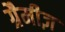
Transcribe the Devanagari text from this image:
ग्रैमीज़